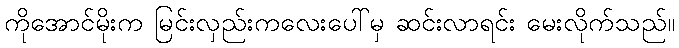
ကိုအောင်မိုးက မြင်းလှည်းကလေးပေါ်မှ ဆင်းလာရင်း မေးလိုက်သည်။